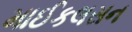
માઈકલસન